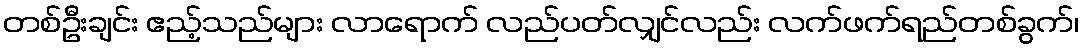
တစ်ဦးချင်း ဧည့်သည်များ လာရောက် လည်ပတ်လျှင်လည်း လက်ဖက်ရည်တစ်ခွက်၊